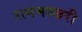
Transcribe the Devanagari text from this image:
रत्नमञ्जरी